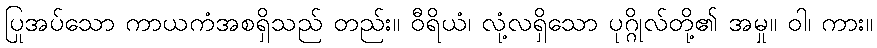
ပြုအပ်သော ကာယကံအစရှိသည် တည်း။ ဝီရိယံ၊ လုံ့လရှိသော ပုဂ္ဂိုလ်တို့၏ အမှု။ ဝါ၊ ကား။